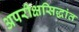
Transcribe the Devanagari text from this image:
अपरीक्षसिद्धांत